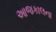
આજકાલના